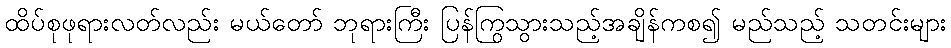
ထိပ်စုဖုရားလတ်လည်း မယ်တော် ဘုရားကြီး ပြန်ကြွသွားသည့်အချိန်ကစ၍ မည်သည့် သတင်းများ